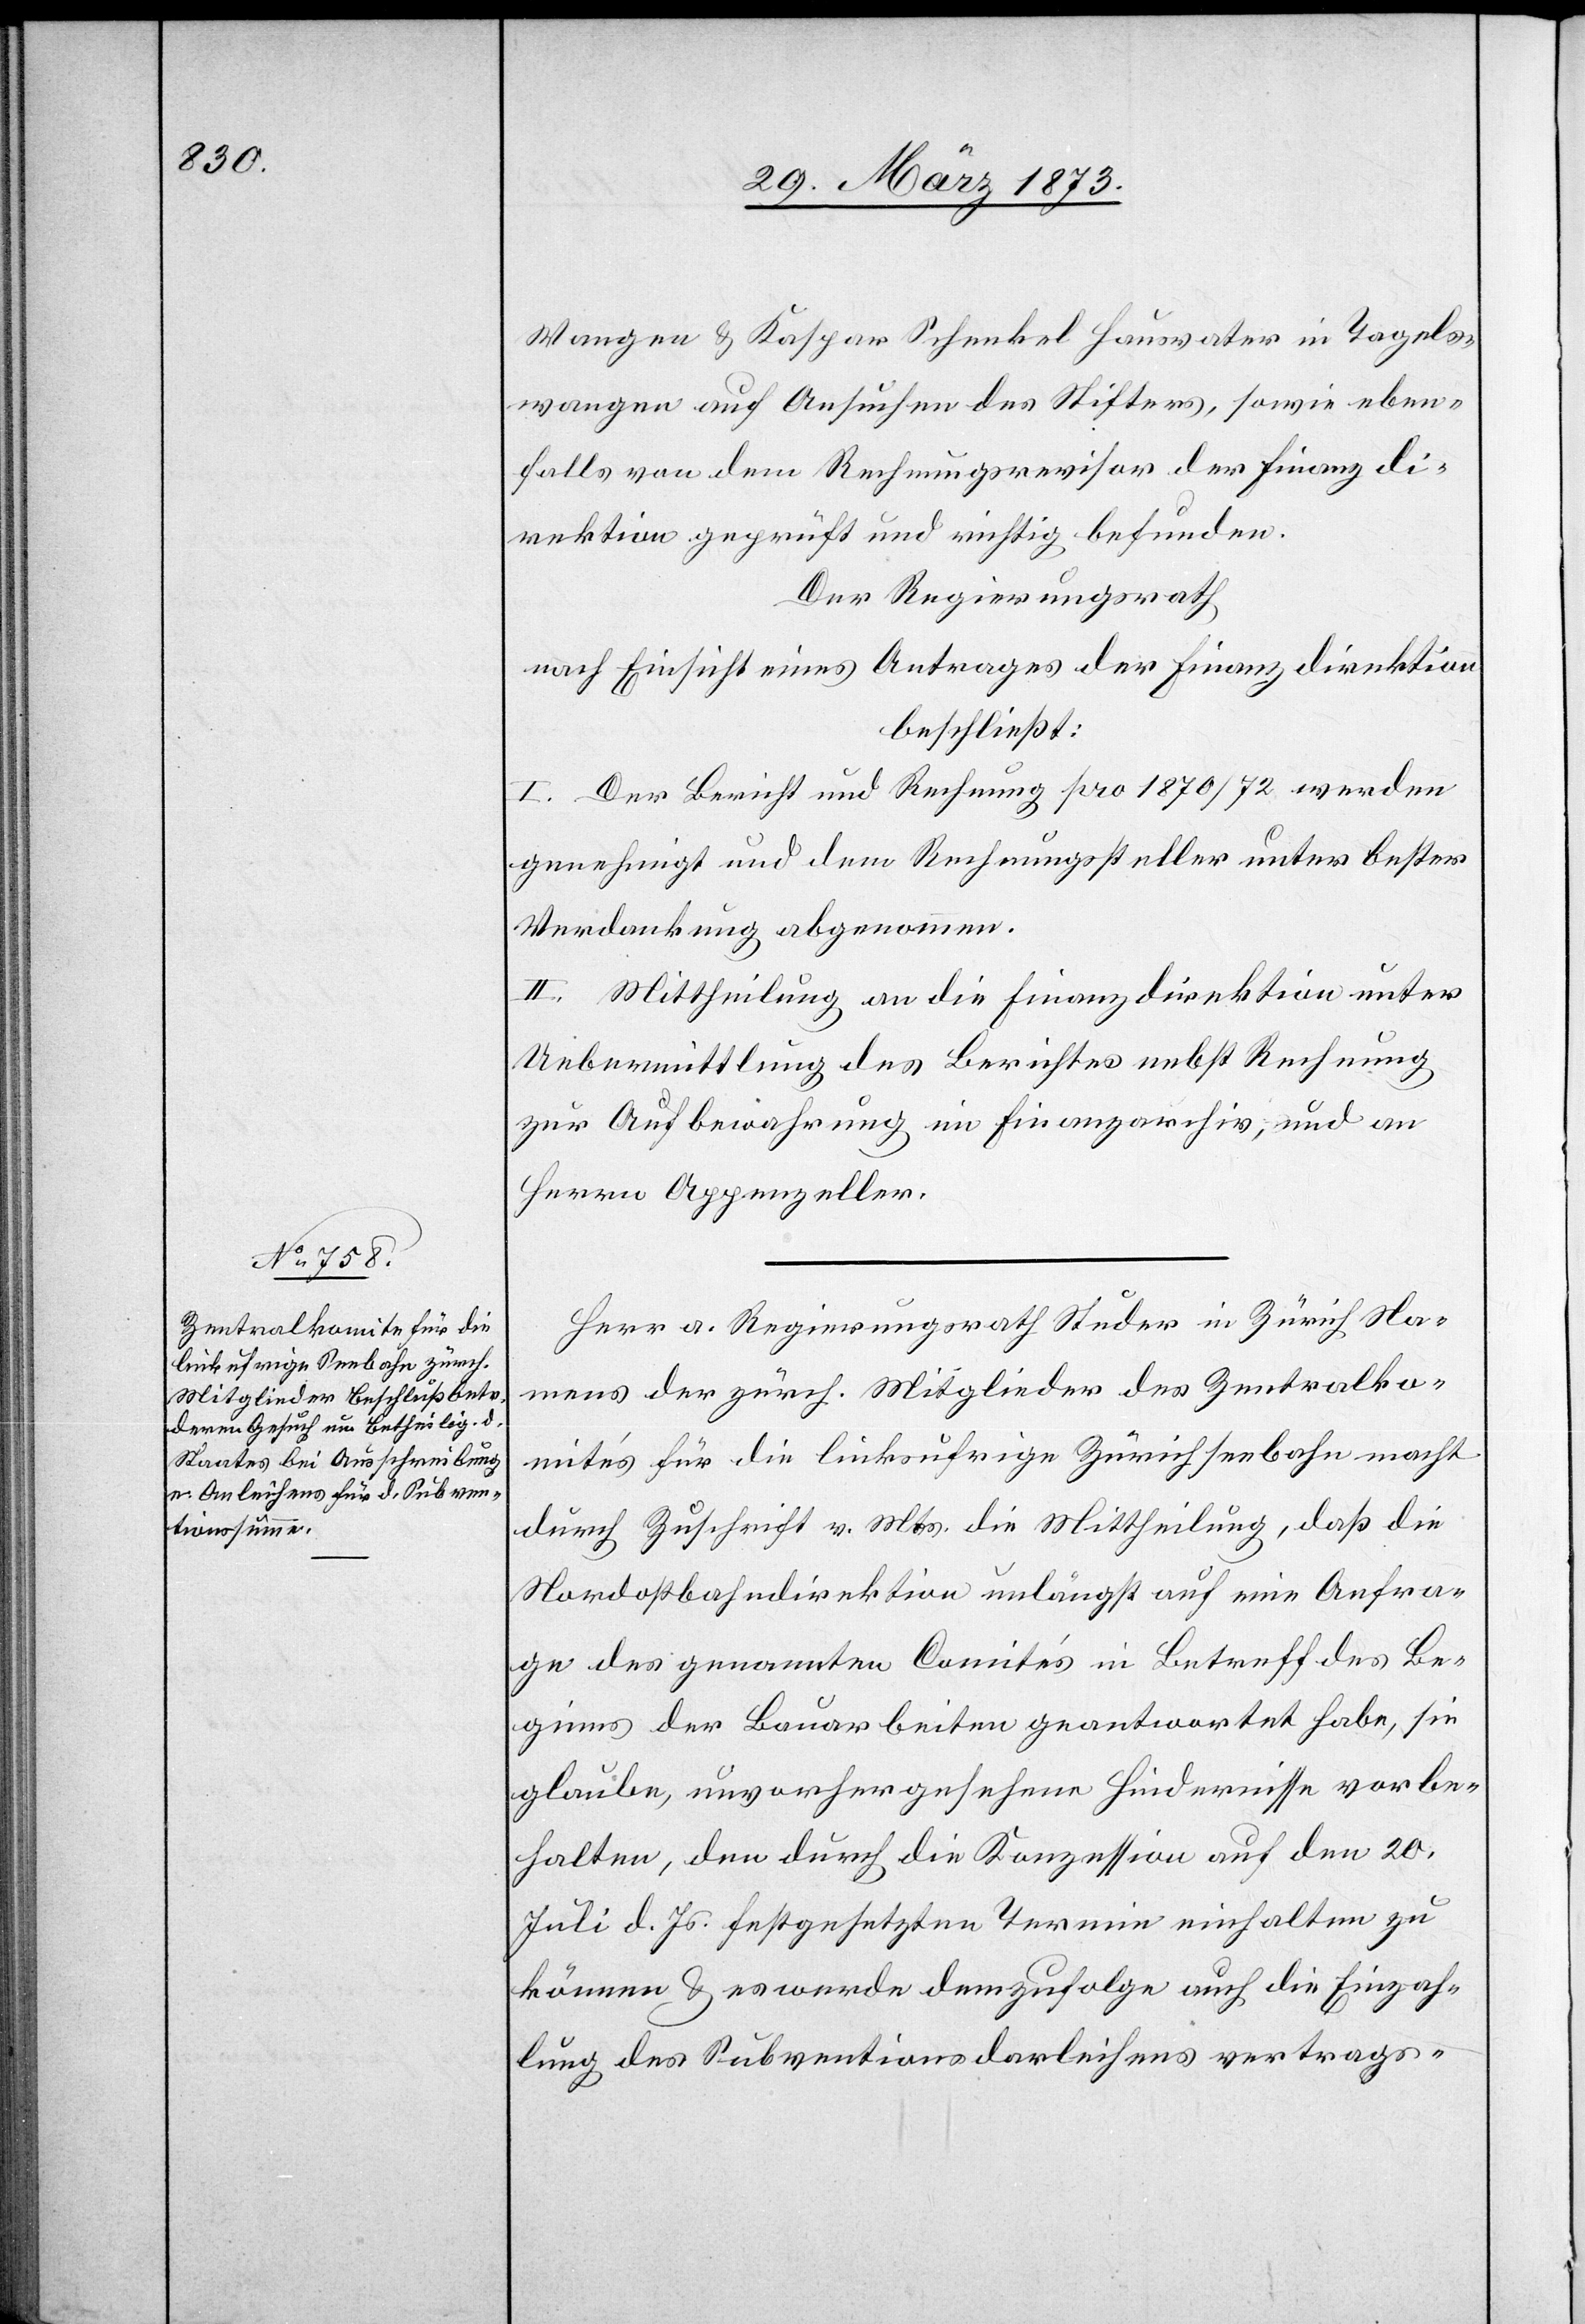
Wangen u. Kaspar Schenkel Hausvater in Tagels¬
wangen auf Ansuchen des Stifters, sowie eben¬
falls von dem Rechnungsrevisor der Finanzdi¬
rektion geprüft und richtig befunden.
Der Regierungsrath
nach Einsicht eines Antrages der Finanzdirektion
beschließt:
I. Der Bericht und Rechnung pro 1870/72 werden
genehmigt und dem Rechnungssteller unter bester
Verdankung abgenommen.
II. Mittheilung an die Finanzdirektion unter
Uebermittlung des Berichtes nebst Rechnung
zur Aufbewahrung im Finanzarchiv, und an
Herren Appenzeller.
Herr a. Regierungsrath Studer in Zürich Na¬
mens der zürch. Mitglieder des Zentralko¬
mite’s für die linksufrige Zürichseebahn macht
durch Zuschrift v. Mts. die Mittheilung, daß die
Nordostbahndirektion unlängst auf eine Anfra¬
ge des genannten Comite’s in Betreff des Be¬
ginns der Bauarbeiten geantwortet habe, sie
glaube, unvorhergesehene Hindernisse vorbe¬
halten, den durch die Konzession auf den 20.
Juli d. Js. festgesetzten Termin einhalten zu
können u. es werden demzufolge auch die Einzah¬
lung des Subventionsdarleihens vertrags-